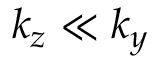
k _ { z } \ll k _ { y }